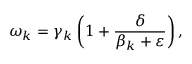
{ { \omega } _ { k } } = { { \gamma } _ { k } } \left( 1 + \frac { \delta } { { { \beta } _ { k } } + \varepsilon } \right) ,